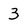
Character: 3